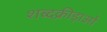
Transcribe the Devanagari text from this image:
शब्दक्रीड़ाओं